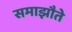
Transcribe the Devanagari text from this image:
समाझौते